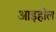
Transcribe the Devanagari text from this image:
आइहोल